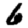
Digit: 6